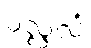
ပလ္လလံ